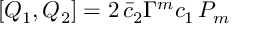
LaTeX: [ Q _ { 1 } , Q _ { 2 } ] = 2 \, \bar { c } _ { 2 } \Gamma ^ { m } c _ { 1 } \, P _ { m }